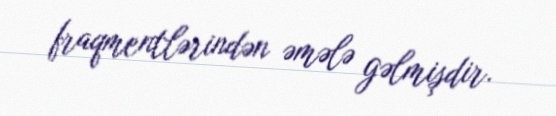
fraqmentlərindən əmələ gəlmişdir.